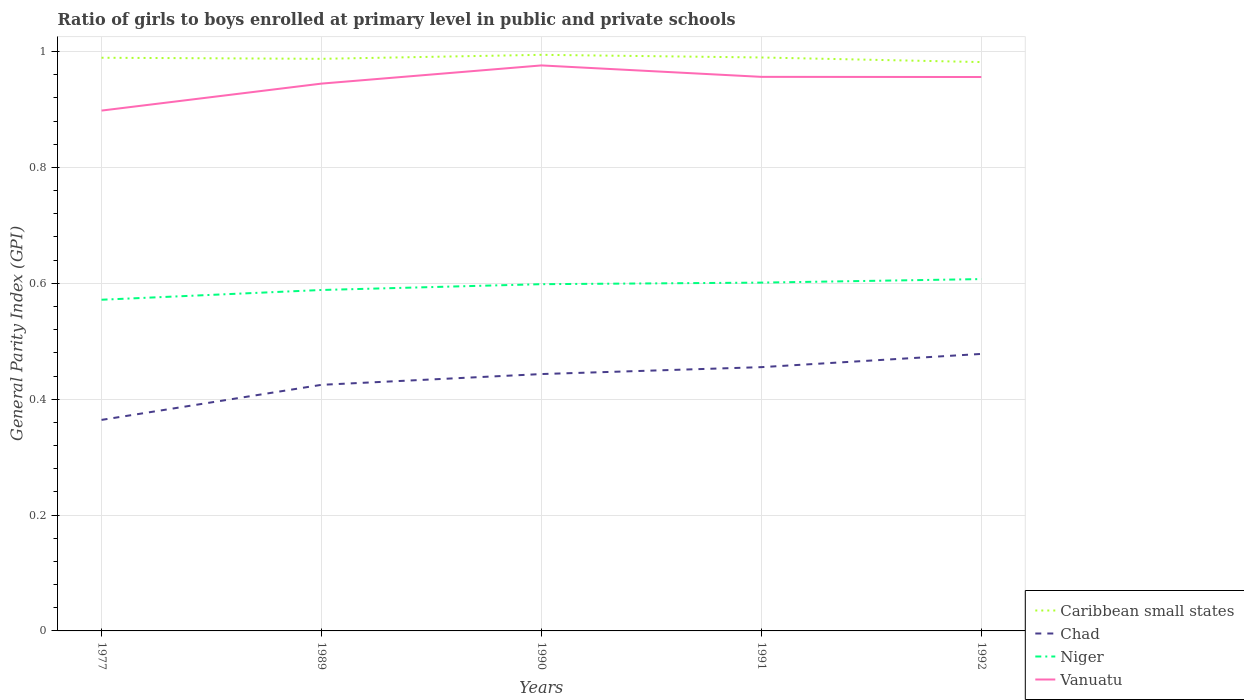
| Years | Caribbean small states | Chad | Niger | Vanuatu |
 | --- | --- | --- | --- | --- |
 | 1977 | 0.989 | 0.364 | 0.572 | 0.898 |
 | 1989 | 0.988 | 0.425 | 0.589 | 0.945 |
 | 1990 | 0.994 | 0.443 | 0.599 | 0.976 |
 | 1991 | 0.99 | 0.455 | 0.601 | 0.956 |
 | 1992 | 0.982 | 0.478 | 0.607 | 0.956 |